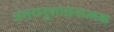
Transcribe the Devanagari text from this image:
अंतरानुशासनात्मक